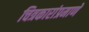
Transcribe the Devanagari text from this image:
चित्रकारांप्रमाणे